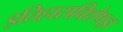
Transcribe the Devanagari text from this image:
इतिहासविशेषज्ञ